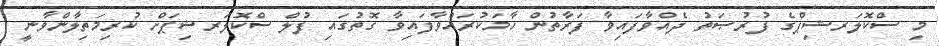
މި ސްކޮލަރޝިޕްގެ ފުރުޞަތު ދެއްވާފައިވާ ފަރާތުން ހާމަކުރައްވާފައިވާ ގޮތުގައި ފުލް ސްކޮލަރޝިޕަށް ކުރިމަތިލާންވާނީ